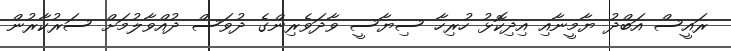
ރައީސް އަބްދު ޔާމީނާއި އިދިކޮޅު ހުރިހާ ސިޔާސީ ވާދަވެރިންގެ ދުވަސް ދުއްވާލުމަށް ސަރުކާރުން